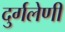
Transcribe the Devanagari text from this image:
दुर्गलेणी